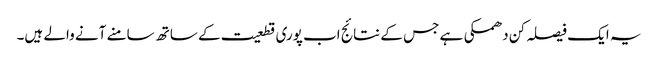
یہ ایک فیصلہ کن دھمکی ہے جس کے نتائج اب پوری قطعیت کے ساتھ سامنے آنے والے ہیں۔